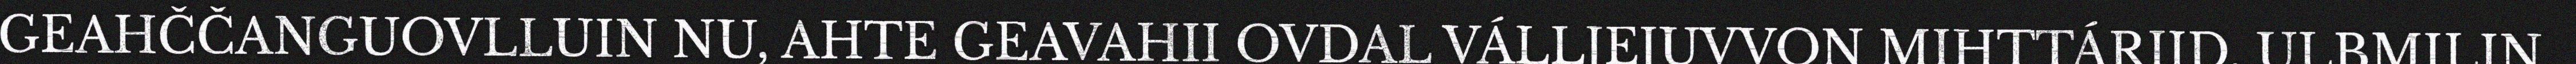
GEAHČČANGUOVLLUIN NU, AHTE GEAVAHII OVDAL VÁLLJEJUVVON MIHTTÁRIID. ULBMILIN